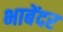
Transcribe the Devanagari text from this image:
भाबेंदर